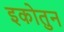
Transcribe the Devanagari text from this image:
इकोतुन